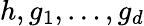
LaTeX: h,g_{1},\ldots,g_{d}